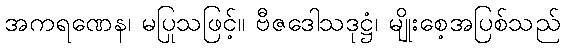
အကရဏေန၊ မပြုသဖြင့်။ ဗီဇဒေါသဒုဋ္ဌံ၊ မျိုးစေ့အပြစ်သည်